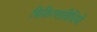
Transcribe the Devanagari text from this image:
चिकित्साविधियों